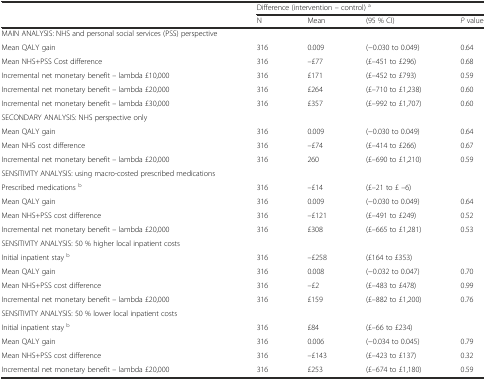
<table><thead><tr><td></td><td colspan="4"><b>Difference (intervention – control) <sup>a</sup></b></td></tr><tr><td></td><td><b>N</b></td><td><b>Mean</b></td><td><b>(95 % CI)</b></td><td><b><i>P</i> value</b></td></tr></thead><tbody><tr><td>MAIN ANALYSIS: NHS and personal social services (PSS) perspective</td><td></td><td></td><td></td><td></td></tr><tr><td>Mean QALY gain</td><td>316</td><td>0.009</td><td>(−0.030 to 0.049)</td><td>0.64</td></tr><tr><td>Mean NHS+PSS Cost difference</td><td>316</td><td>–£77</td><td>(£–451 to £296)</td><td>0.68</td></tr><tr><td>Incremental net monetary benefit – lambda £10,000</td><td>316</td><td>£171</td><td>(£–452 to £793)</td><td>0.59</td></tr><tr><td>Incremental net monetary benefit – lambda £20,000</td><td>316</td><td>£264</td><td>(£–710 to £1,238)</td><td>0.60</td></tr><tr><td>Incremental net monetary benefit – lambda £30,000</td><td>316</td><td>£357</td><td>(£–992 to £1,707)</td><td>0.60</td></tr><tr><td>SECONDARY ANALYSIS: NHS perspective only</td><td></td><td></td><td></td><td></td></tr><tr><td>Mean QALY gain</td><td>316</td><td>0.009</td><td>(−0.030 to 0.049)</td><td>0.64</td></tr><tr><td>Mean NHS cost difference</td><td>316</td><td>–£74</td><td>(£–414 to £266)</td><td>0.67</td></tr><tr><td>Incremental net monetary benefit – lambda £20,000</td><td>316</td><td>260</td><td>(£–690 to £1,210)</td><td>0.59</td></tr><tr><td>SENSITIVITY ANALYSIS: using macro-costed prescribed medications</td><td></td><td></td><td></td><td></td></tr><tr><td>Prescribed medications <sup>b</sup></td><td>316</td><td>–£14</td><td>(£–21 to £ –6)</td><td></td></tr><tr><td>Mean QALY gain</td><td>316</td><td>0.009</td><td>(−0.030 to 0.049)</td><td>0.64</td></tr><tr><td>Mean NHS+PSS cost difference</td><td>316</td><td>–£121</td><td>(£–491 to £249)</td><td>0.52</td></tr><tr><td>Incremental net monetary benefit – lambda £20,000</td><td>316</td><td>£308</td><td>(£–665 to £1,281)</td><td>0.53</td></tr><tr><td>SENSITIVITY ANALYSIS: 50 % higher local inpatient costs</td><td></td><td></td><td></td><td></td></tr><tr><td>Initial inpatient stay <sup>b</sup></td><td>316</td><td>–£258</td><td>(£164 to £353)</td><td></td></tr><tr><td>Mean QALY gain</td><td>316</td><td>0.008</td><td>(−0.032 to 0.047)</td><td>0.70</td></tr><tr><td>Mean NHS+PSS cost difference</td><td>316</td><td>–£2</td><td>(£–483 to £478)</td><td>0.99</td></tr><tr><td>Incremental net monetary benefit – lambda £20,000</td><td>316</td><td>£159</td><td>(£–882 to £1,200)</td><td>0.76</td></tr><tr><td>SENSITIVITY ANALYSIS: 50 % lower local inpatient costs</td><td></td><td></td><td></td><td></td></tr><tr><td>Initial inpatient stay <sup>b</sup></td><td>316</td><td>£84</td><td>(£–66 to £234)</td><td></td></tr><tr><td>Mean QALY gain</td><td>316</td><td>0.006</td><td>(−0.034 to 0.045)</td><td>0.79</td></tr><tr><td>Mean NHS+PSS cost difference</td><td>316</td><td>–£143</td><td>(£–423 to £137)</td><td>0.32</td></tr><tr><td>Incremental net monetary benefit – lambda £20,000</td><td>316</td><td>£253</td><td>(£–674 to £1,180)</td><td>0.59</td></tr></tbody></table>